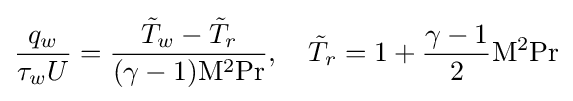
{\frac {q_{w}}{\tau _{w}U}}={\frac {{\tilde {T}}_{w}-{\tilde {T}}_{r}}{(\gamma -1)\mathrm {M} ^{2}\mathrm {Pr} }},\quad {\tilde {T}}_{r}=1+{\frac {\gamma -1}{2}}\mathrm {M} ^{2}\mathrm {Pr}